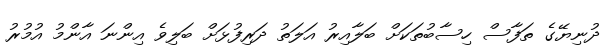
ދުނިޔޭގެ ތަފާސް ހިސާބުތަކަށް ބަލާއިރު އަލަތު ދަރިފުޅަށް ބަލިވެ އިންނަ އާންމު އުމުރު